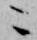
ニ